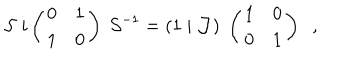
LaTeX: { \cal S } \; i \left( \begin{array} { c c } { { 0 } } & { { 1 } } \\ { { 1 } } & { { 0 } } \\ \end{array} \right) \; { \cal S } ^ { - 1 } = ( 1 \; \vert \; { \cal J } ) \; \left( \begin{array} { c c } { { 1 } } & { { 0 } } \\ { { 0 } } & { { 1 } } \\ \end{array} \right) \; \; ,